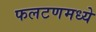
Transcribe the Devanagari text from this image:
फलटणमध्ये